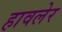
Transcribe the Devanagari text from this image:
हावलेर